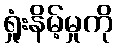
ရှုံးနိမ့်မှုကို